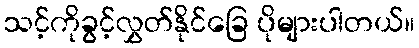
သင့်ကိုခွင့်လွှတ်နိုင်ခြေ ပိုများပါတယ်။